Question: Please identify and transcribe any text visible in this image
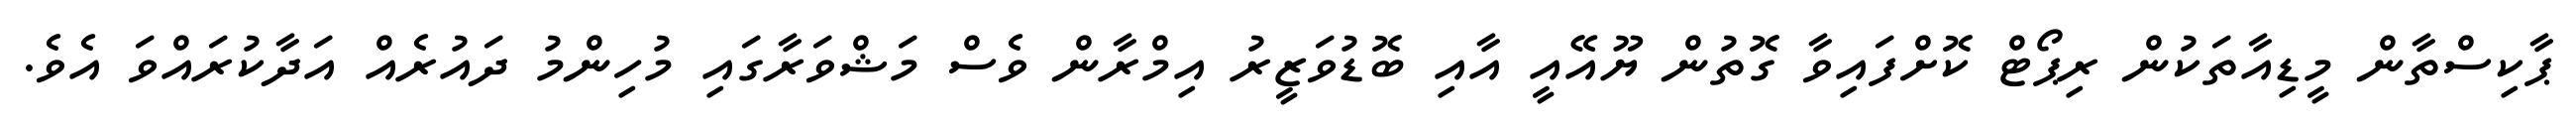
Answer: ޕާކިސްތާން މީޑިއާތަކުން ރިޕޯޓް ކޮށްފައިވާ ގޮތުން ޔޫއޭއީ އާއި ބޮޑުވަޒީރު އިމްރާން ވެސް މަޝްވަރާގައި މުހިންމު ދައުރެއް އަދާކުރައްވަ އެވެ.